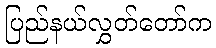
ပြည်နယ်လွှတ်တော်က